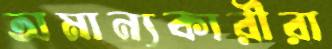
অমান্যকারীরা